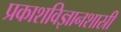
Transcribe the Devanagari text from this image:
प्रकाशविज्ञानशास्री